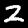
Label: 2